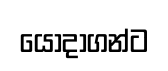
යොදාගන්ට